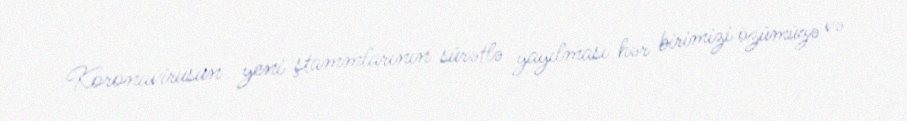
Koronavirusun yeni ştammlarının sürətlə yayılması hər birimizi özümüzə və